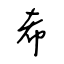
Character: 希